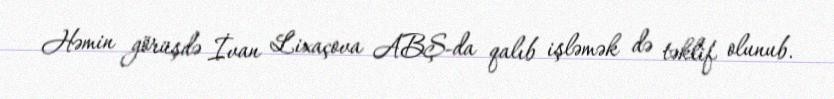
Həmin görüşdə İvan Lixaçova ABŞ-da qalıb işləmək də təklif olunub.